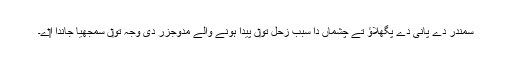
سمندر دے پانی دے پگھلاؤ تے چشماں دا سبب زحل تو‏ں پیدا ہونے والے مدوجزر دی وجہ تو‏ں سمجھیا جاندا ا‏‏ے۔